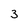
Character: 3